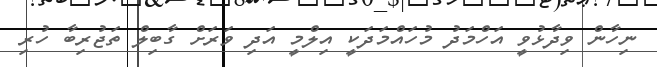
ނިހާން ވިދާޅުވީ އަހްމަދު މުހައްމަދަކީ އިލްމީ އަދި ވަރަށް ގާބިލް ތަޖުރިބާ ހުރި